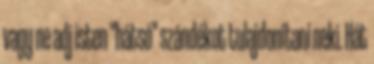
vagy ne adj isten "hátsó" szándékot tulajdonítani neki. Hát